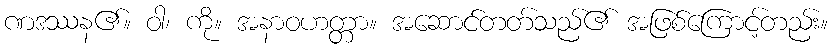
ဏဒဿန၏။ ဝါ၊ ကို။ အနာဝဟတ္တာ။ အဆောင်တတ်သည်၏ အဖြစ်ကြောင့်တည်း။